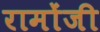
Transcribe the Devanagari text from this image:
रामोंजी